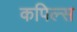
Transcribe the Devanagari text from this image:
कपिल्स